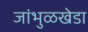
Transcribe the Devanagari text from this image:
जांभुळखेडा